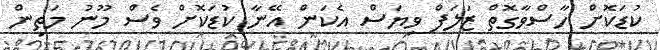
ކުޑަކޮށް ހާސްވާގޮތް ޒަލަފް ވިޔަސް އެކަން އޭނާ ކުޑަކޮށް ވެސް މޫނު މަތިން